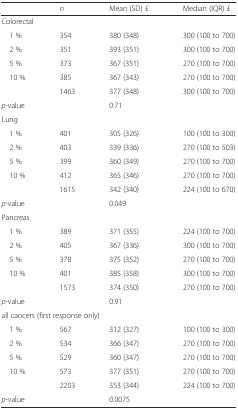
<table><thead><tr><td></td><td><b><i>n</i></b></td><td><b>Mean (SD) £</b></td><td><b>Median (IQR) £</b></td></tr></thead><tbody><tr><td colspan="4">Colorectal</td></tr><tr><td> 1 %</td><td>354</td><td>380 (348)</td><td>300 (100 to 700)</td></tr><tr><td> 2 %</td><td>351</td><td>393 (351)</td><td>300 (100 to 700)</td></tr><tr><td> 5 %</td><td>373</td><td>367 (351)</td><td>270 (100 to 700)</td></tr><tr><td> 10 %</td><td>385</td><td>367 (343)</td><td>270 (100 to 700)</td></tr><tr><td></td><td>1463</td><td>377 (348)</td><td>300 (100 to 700)</td></tr><tr><td><i>p</i>-value</td><td></td><td>0.71</td><td></td></tr><tr><td>Lung</td><td></td><td></td><td></td></tr><tr><td> 1 %</td><td>401</td><td>305 (326)</td><td>100 (100 to 300)</td></tr><tr><td> 2 %</td><td>403</td><td>339 (336)</td><td>270 (100 to 503)</td></tr><tr><td> 5 %</td><td>399</td><td>360 (349)</td><td>270 (100 to 700)</td></tr><tr><td> 10 %</td><td>412</td><td>365 (346)</td><td>270 (100 to 700)</td></tr><tr><td></td><td>1615</td><td>342 (340)</td><td>224 (100 to 670)</td></tr><tr><td><i>p</i>-value</td><td></td><td>0.049</td><td></td></tr><tr><td colspan="4">Pancreas</td></tr><tr><td> 1 %</td><td>389</td><td>371 (355)</td><td>224 (100 to 700)</td></tr><tr><td> 2 %</td><td>405</td><td>367 (336)</td><td>300 (100 to 700)</td></tr><tr><td> 5 %</td><td>378</td><td>375 (352)</td><td>270 (100 to 700)</td></tr><tr><td> 10 %</td><td>401</td><td>385 (358)</td><td>300 (100 to 700)</td></tr><tr><td></td><td>1573</td><td>374 (350)</td><td>270 (100 to 700)</td></tr><tr><td><i>p</i>-value</td><td></td><td>0.91</td><td></td></tr><tr><td colspan="4">all cancers (first response only)</td></tr><tr><td> 1 %</td><td>567</td><td>312 (327)</td><td>100 (100 to 300)</td></tr><tr><td> 2 %</td><td>534</td><td>366 (347)</td><td>270 (100 to 700)</td></tr><tr><td> 5 %</td><td>529</td><td>360 (347)</td><td>270 (100 to 700)</td></tr><tr><td> 10 %</td><td>573</td><td>377 (351)</td><td>270 (100 to 700)</td></tr><tr><td></td><td>2203</td><td>353 (344)</td><td>224 (100 to 700)</td></tr><tr><td><i>p</i>-value</td><td></td><td>0.0075</td><td></td></tr></tbody></table>